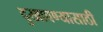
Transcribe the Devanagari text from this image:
दुखावण्यासाठी